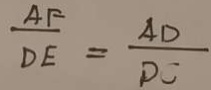
\frac { A F } { D E } = \frac { A D } { D C }